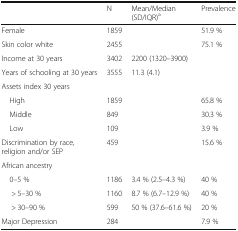
<table><thead><tr><td></td><td><b>N</b></td><td><b>Mean/Median (SD/IQR)<sup>a</sup></b></td><td><b>Prevalence</b></td></tr></thead><tbody><tr><td>Female</td><td>1859</td><td></td><td>51.9 %</td></tr><tr><td>Skin color white</td><td>2455</td><td></td><td>75.1 %</td></tr><tr><td>Income at 30 years</td><td>3402</td><td>2200 (1320–3900)</td><td></td></tr><tr><td>Years of schooling at 30 years</td><td>3555</td><td>11.3 (4.1)</td><td></td></tr><tr><td colspan="4">Assets index 30 years</td></tr><tr><td> High</td><td>1859</td><td></td><td>65.8 %</td></tr><tr><td> Middle</td><td>849</td><td></td><td>30.3 %</td></tr><tr><td> Low</td><td>109</td><td></td><td>3.9 %</td></tr><tr><td>Discrimination by race, religion and/or SEP</td><td>459</td><td></td><td>15.6 %</td></tr><tr><td colspan="4">African ancestry</td></tr><tr><td> 0–5 %</td><td>1186</td><td>3.4 % (2.5–4.3 %)</td><td>40 %</td></tr><tr><td>&gt; 5–30 %</td><td>1160</td><td>8.7 % (6.7–12.9 %)</td><td>40 %</td></tr><tr><td>&gt; 30–90 %</td><td>599</td><td>50 % (37.6–61.6 %)</td><td>20 %</td></tr><tr><td>Major Depression</td><td>284</td><td></td><td>7.9 %</td></tr></tbody></table>